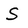
Character: S